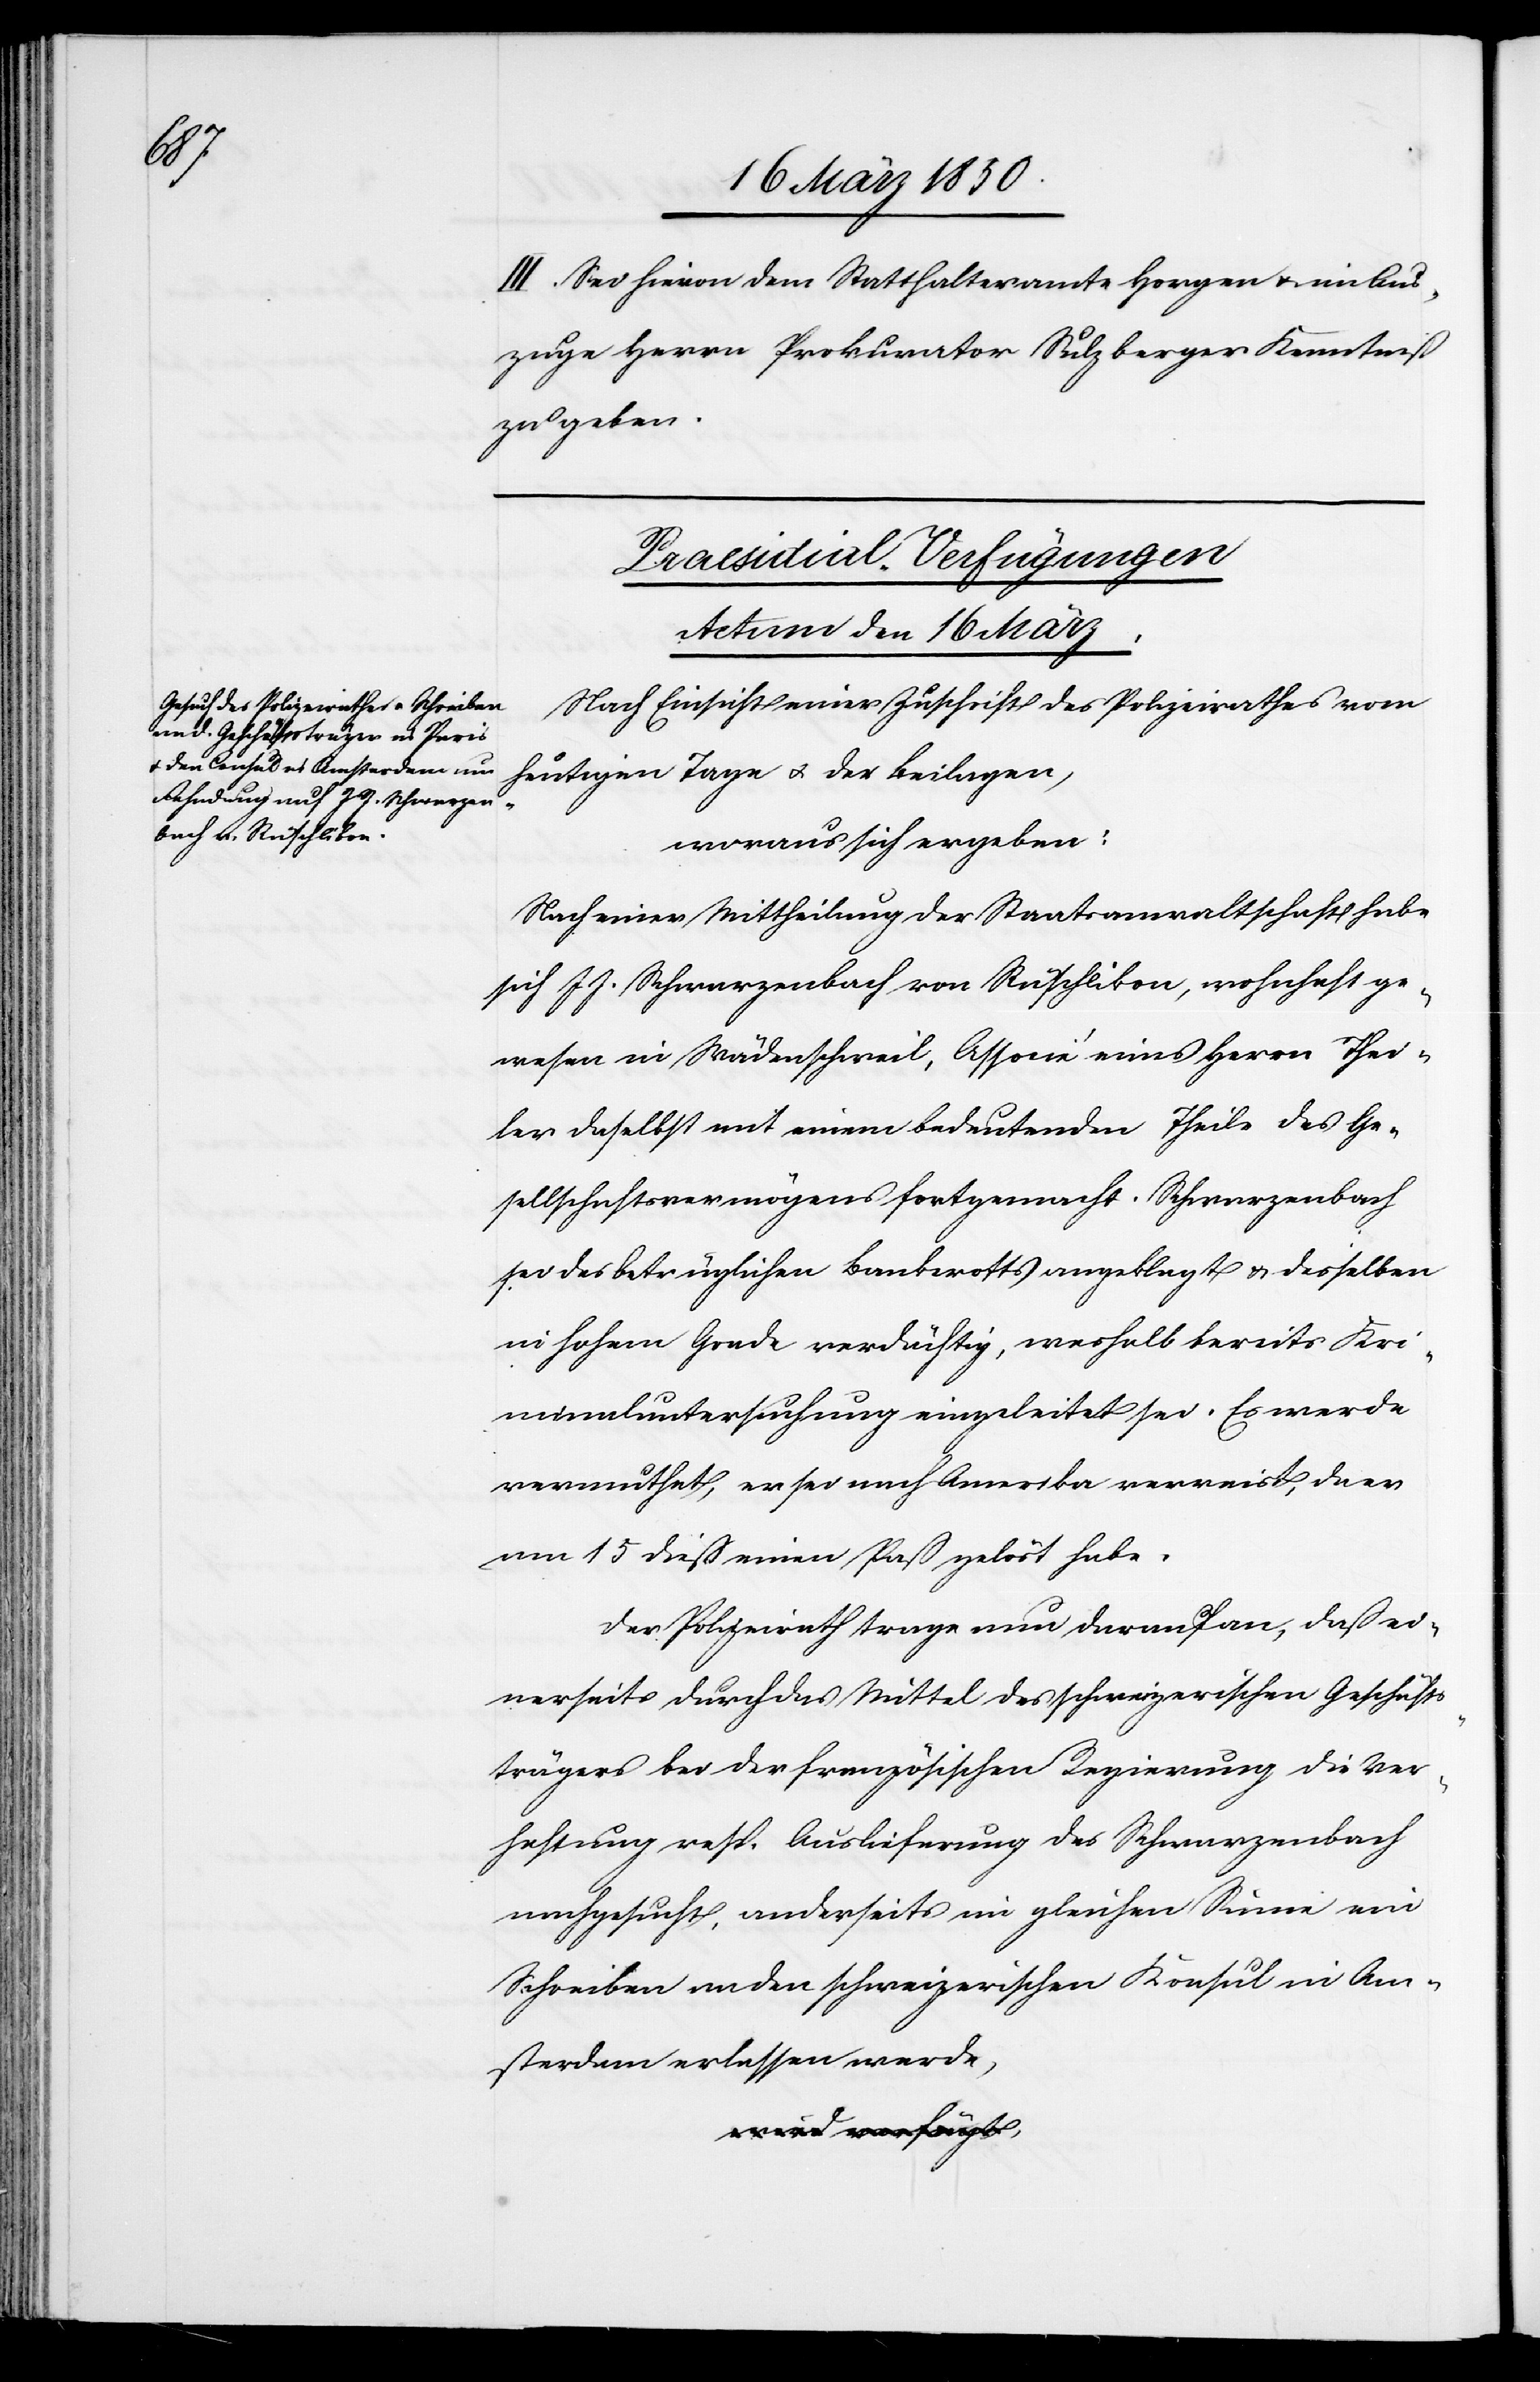
III. Sei hievon dem Statthalteramte Horgen u. im Aus¬
zuge Herrn Prokurator Sulzberger Kenntniß
zu geben.
Praesidial-Verfügungen
Actum den 16 März.
Nach Einsicht einer Zuschrift des Polizeirathes vom
heutigen Tage u. der Beilagen,
woraus sich ergeben:
Nach einer Mittheilung der Staatsanwaltschaft habe
sich J. J. Schwarzenbach von Rüschlikon, wohnhaft ge¬
wesen in Wädenschweil, Associé eines Herrn Thei¬
ler daselbst mit einem bedeutenden Theile des Ge¬
sellschaftsvermögens fortgemacht. Schwarzenbach
sei des betrüglichen Bankerotts angeklagt u. desselben
in hohem Grade verdächtig, weshalb bereits Kri¬
minaluntersuchung eingeleitet sei. Es werde
vermuthet, er sei nach Amerika verreist, da er
am 15 dieß einen Paß gelöst habe.
Der Polizeirath trage nun darauf an, daß ei¬
nerseits durch das Mittel des schweizerischen Geschäfts¬
trägers bei der französischen Regierung die Ver¬
haftung resp. Auslieferung des Schwarzenbach
nachgesucht, anderseits im gleichen Sinne ein
Schreiben an den schweizerischen Konsul in Am¬
sterdam erlassen werde,